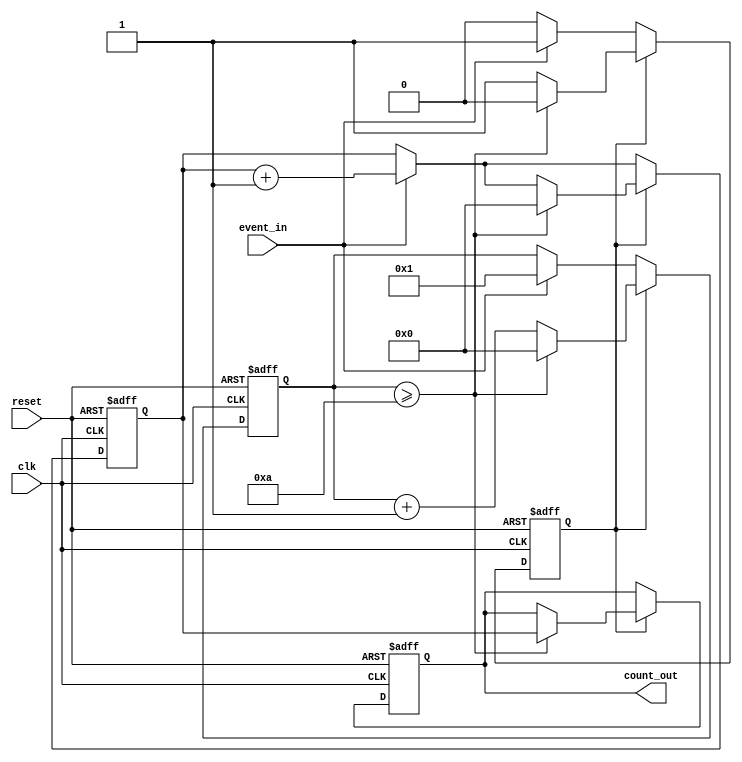
module windowed_counter #(
    parameter WINDOW_SIZE = 10  // Configurable window size (in clock cycles)
)(
    input wire clk,              // Clock signal
    input wire reset,            // Asynchronous reset signal
    input wire event_in,         // Event signal to be counted
    output reg [31:0] count_out  // Count output (32-bit)
);

    reg [31:0] count;            // Counter for events
    reg [31:0] window_timer;     // Timer for the counting window
    reg window_active;           // Flag to indicate if the window is active

    // Asynchronous reset and counting logic
    always @(posedge clk or posedge reset) begin
        if (reset) begin
            count <= 32'b0;       // Reset count to zero
            count_out <= 32'b0;   // Reset output count
            window_timer <= 32'b0; // Reset window timer
            window_active <= 1'b0; // Deactivate window
        end else begin
            // Check if the window is active
            if (window_active) begin
                // Increment count if event signal is high
                if (event_in) begin
                    count <= count + 1;
                end
                
                // Increment the window timer
                window_timer <= window_timer + 1;

                // Check if the window timer has reached the defined window size
                if (window_timer >= WINDOW_SIZE) begin
                    window_active <= 1'b0; // Deactivate window
                    count_out <= count;    // Latch the count output
                    count <= 32'b0;        // Reset count for the next window
                    window_timer <= 32'b0; // Reset window timer
                end
            end else begin
                // Start a new counting window if event signal is high
                if (event_in) begin
                    window_active <= 1'b1; // Activate window
                    count <= count + 1;    // Start counting
                    window_timer <= 32'b1; // Initialize window timer
                end
            end
        end
    end

endmodule